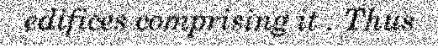
edifices comprising it . Thus